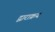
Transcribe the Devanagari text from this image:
द्वाराक्रय